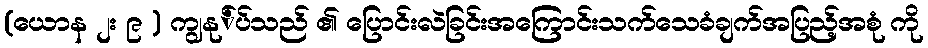
(ယောန ၂း ၉ ) ကျွနု်ပ်သည် ၏ ပြောင်းလဲခြင်းအကြောင်းသက်သေခံချက်အပြည့်အစုံ ကို